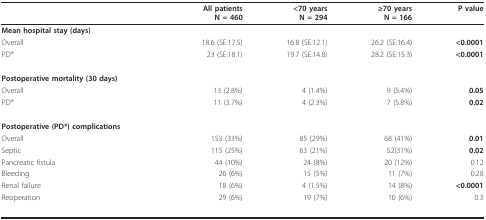
|  | All patientsN = 460 | <70 yearsN = 294 | ≥70 yearsN = 166 | P value |
 | --- | --- | --- | --- | --- |
 | Mean hospital stay (days) |  |  |  |  |
 | Overall | 18.6 (SE:17.5) | 16.8 (SE:12.1) | 26.2 (SE:16.4) | <0.0001 |
 | PD* | 23 (SE:18.1) | 19.7 (SE:14.8) | 28.2 (SE:15.3) | <0.0001 |
 | Postoperative mortality (30 days) |  |  |  |  |
 | Overall | 13 (2.8%) | 4 (1.4%) | 9 (5.4%) | 0.05 |
 | PD* | 11 (3.7%) | 4 (2.3%) | 7 (5.8%) | 0.02 |
 | Postoperative (PD*) complications |  |  |  |  |
 | Overall | 153 (33%) | 85 (29%) | 68 (41%) | 0.01 |
 | Septic | 115 (25%) | 63 (21%) | 52(31%) | 0.02 |
 | Pancreatic fistula | 44 (10%) | 24 (8%) | 20 (12%) | 0.12 |
 | Bleeding | 26 (6%) | 15 (5%) | 11 (7%) | 0.28 |
 | Renal failure | 18 (6%) | 4 (1.5%) | 14 (8%) | <0.0001 |
 | Reoperation | 29 (6%) | 19 (7%) | 10 (6%) | 0.3 |